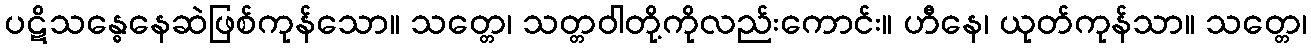
ပဋိသန္ဓေနေဆဲဖြစ်ကုန်သော။ သတ္တေ၊ သတ္တဝါတို့ကိုလည်းကောင်း။ ဟီနေ၊ ယုတ်ကုန်သာ။ သတ္တေ၊